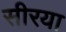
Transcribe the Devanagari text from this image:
सीरया